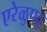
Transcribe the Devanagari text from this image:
एरेळुपदू